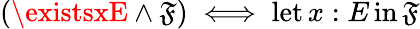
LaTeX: (\existsxE\land\mathfrak{F})\iff\operatorname{let}x:E\operatorname{in}\mathfrak{F}